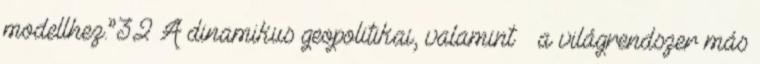
modellhez.”32 A dinamikus geopolitikai, valamint – a világrendszer más